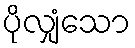
ပိုလျှံသော